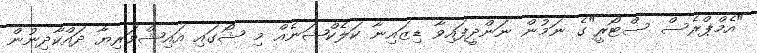
"އެމްޕްރެސް ސްޓޯރީ"ގެ ނަމުން ނަންދީފައިވާ ޑިޒައިނާ ކަލެކްޝަނެއް މި ޝޯގައި އައިޝްވަރިޔާ ދައްކާދިނުން